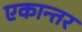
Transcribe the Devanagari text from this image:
एकान्‍तर